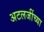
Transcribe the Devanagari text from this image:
अटलजींच्या